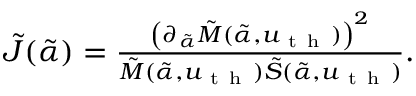
\begin{array} { r } { \tilde { J } ( \tilde { \alpha } ) = \frac { \left( \partial _ { \tilde { \alpha } } \tilde { M } ( \tilde { \alpha } , u _ { \mathrm { ~ t ~ h ~ } } ) \right) ^ { 2 } } { \tilde { M } ( \tilde { \alpha } , u _ { \mathrm { ~ t ~ h ~ } } ) \tilde { S } ( \tilde { \alpha } , u _ { \mathrm { ~ t ~ h ~ } } ) } . } \end{array}